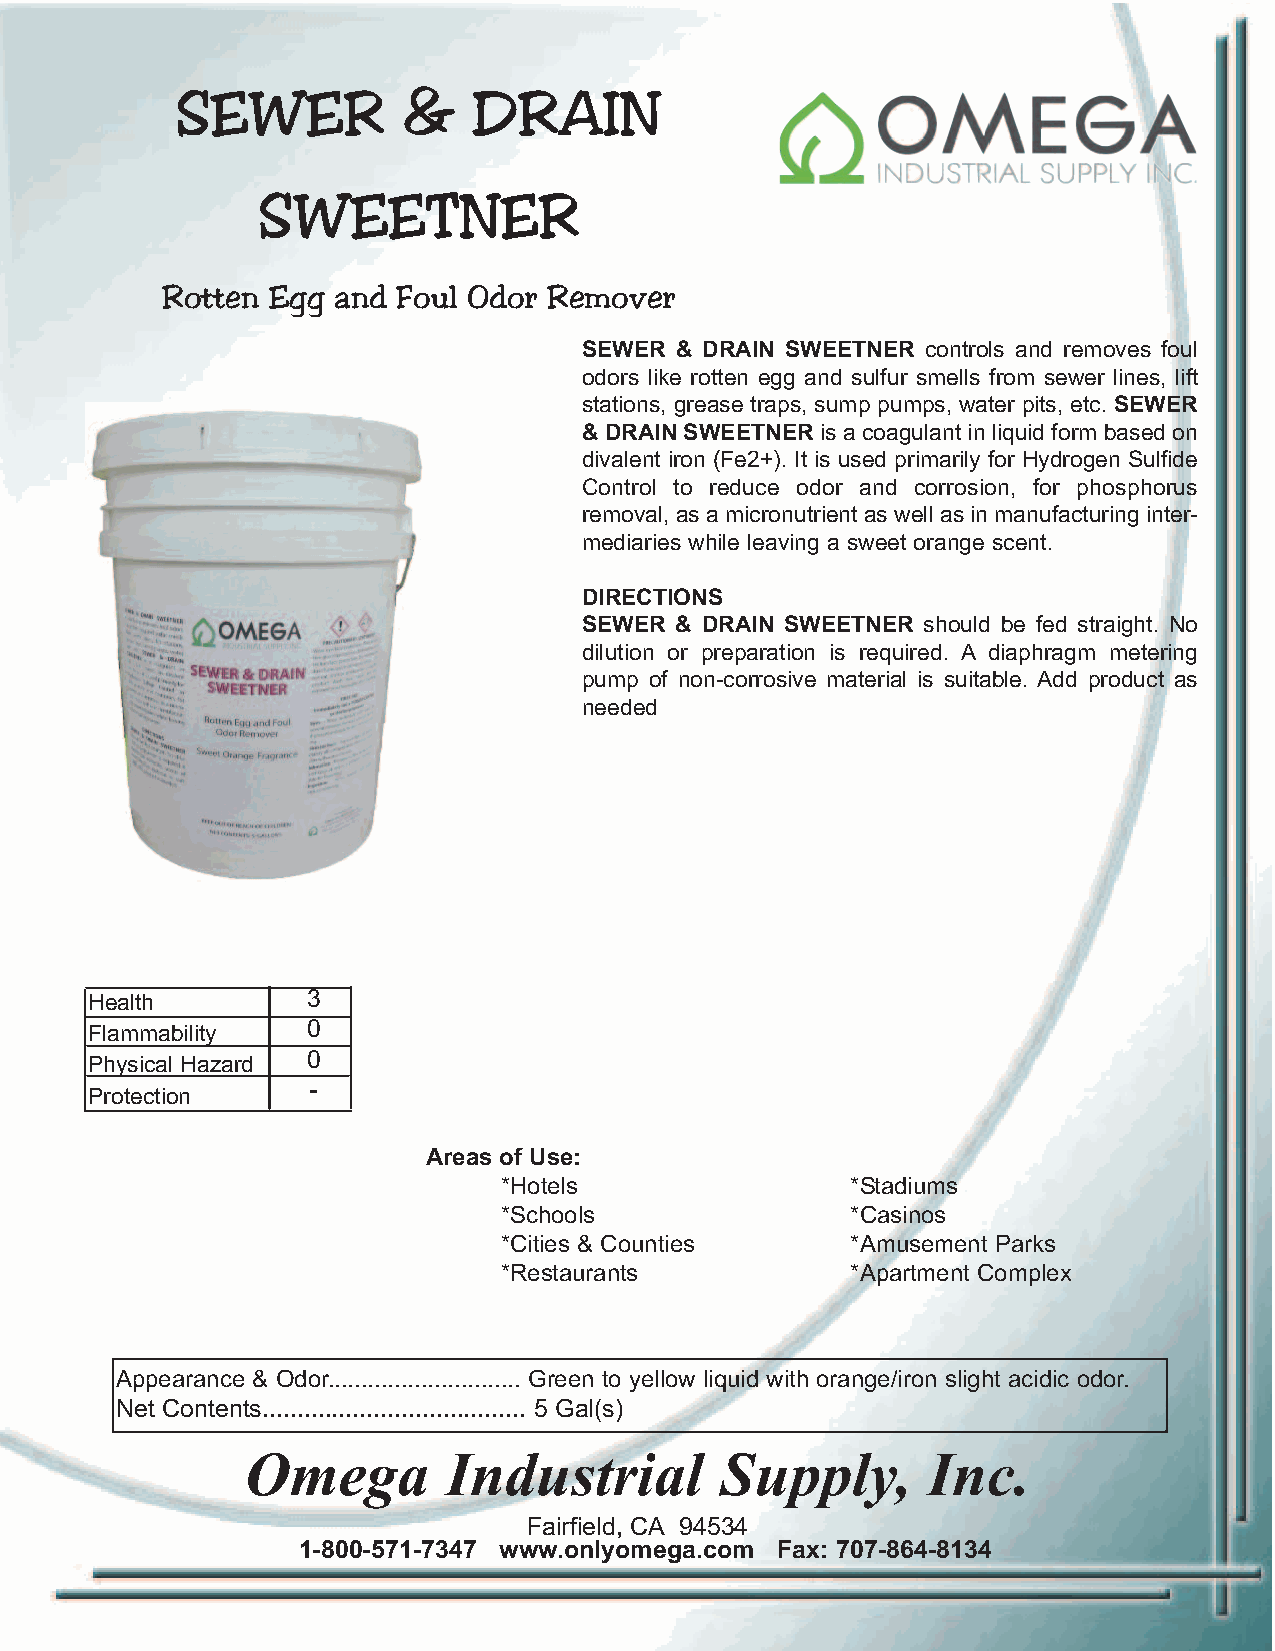
SEWER          &   DRAIN
 SWEETNER
 Rotten Egg and Foul Odor Remover
 SEWER & DRAIN SWEETNER controls and removes foul
 odors like rotten egg and sulfur smells from sewer lines, lift
 stations, grease traps, sump pumps, water pits, etc. SEWER
 & DRAIN SWEETNER is a coagulant in liquid form based on
 divalent iron (Fe2+). It is used primarily for Hydrogen Sulfide
 Control to reduce odor and corrosion, for phosphorus
 removal,asamicronutrientaswellasinmanufacturinginter-
 mediaries while leaving a sweet orange scent.
 DIRECTIONS
 SEWER & DRAIN SWEETNER should be fed straight. No
 dilution or preparation is required. A diaphragm metering
 pump of non-corrosive material is suitable. Add product as
 needed
 Health        3
 Flammability  0
 Physical Hazard 0
 -
 Protection
 Areas of Use:
 *Hotels                *Stadiums
 *Schools               *Casinos
 *Cities & Counties     *Amusement Parks
 *Restaurants           *Apartment Complex
 Appearance & Odor............................. Green to yellow liquid with orange/iron slight acidic odor.
 Net Contents...................................... 5 Gal(s)
 Omega         Industrial        Supply,      Inc.
 Fairfield, CA 94534
 1-800-571-7347 www.onlyomega.com Fax: 707-864-8134